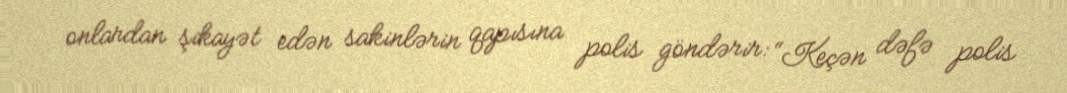
onlardan şikayət edən sakinlərin qapısına polis göndərir: “Keçən dəfə polis